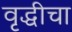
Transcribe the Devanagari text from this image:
वृद्धीचा